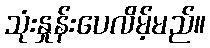
သုံးနှုန်းပေလိမ့်မည်။